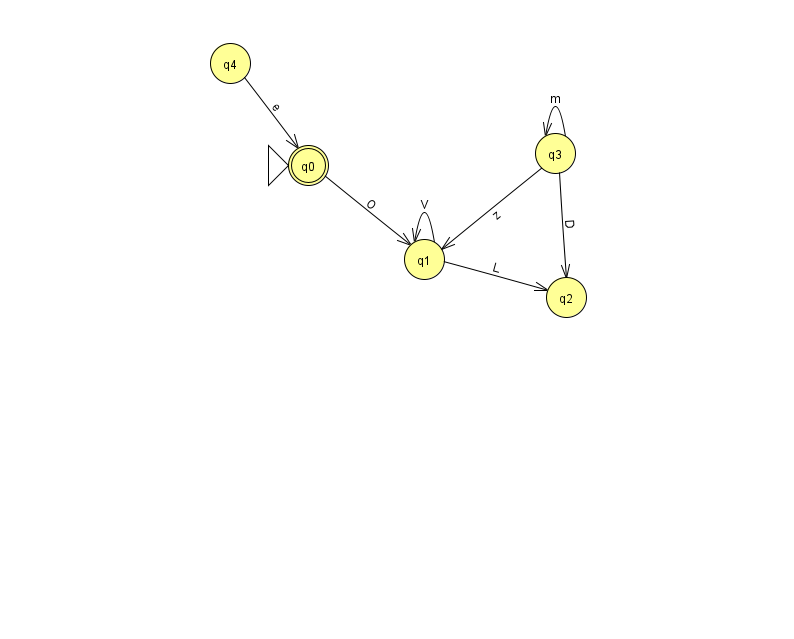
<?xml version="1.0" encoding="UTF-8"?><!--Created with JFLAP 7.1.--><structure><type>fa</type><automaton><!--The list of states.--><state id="0" name="q0"><x>308.0</x><y>152.0</y><initial/><final/></state><state id="1" name="q1"><x>424.0</x><y>246.0</y></state><state id="2" name="q2"><x>566.0</x><y>284.0</y></state><state id="3" name="q3"><x>555.0</x><y>140.0</y></state><state id="4" name="q4"><x>230.0</x><y>50.0</y></state><!--The list of transitions.--><transition><from>3</from><to>2</to><read>D</read></transition><transition><from>1</from><to>1</to><read>V</read></transition><transition><from>4</from><to>0</to><read>e</read></transition><transition><from>0</from><to>1</to><read>O</read></transition><transition><from>3</from><to>1</to><read>z</read></transition><transition><from>3</from><to>3</to><read>m</read></transition><transition><from>1</from><to>2</to><read>L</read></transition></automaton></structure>